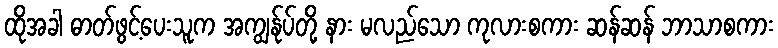
ထိုအခါ ဓာတ်ဖွင့်ပေးသူက အကျွန်ုပ်တို့ နား မလည်သော ကုလားစကား ဆန်ဆန် ဘာသာစကား